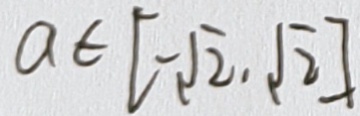
a \in [ - \sqrt { 2 } , \sqrt { 2 } ]